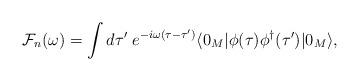
LaTeX: \begin{align*}{\cal F}_n(\omega)=\int d\tau'\;e^{-i\omega(\tau-\tau')} \langle0_M|\phi(\tau)\phi^\dagger(\tau')|0_M\rangle,\end{align*}